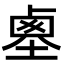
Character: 𡎱